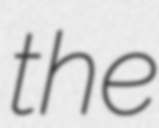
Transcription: the